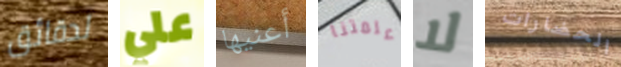
لدقائق علي أعنيها علمتنا لا الحضارات